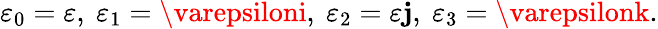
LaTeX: \varepsilon_{0}=\varepsilon,\ \varepsilon_{1}=\varepsiloni,\ \varepsilon_{2}=\varepsilon\mathbf{j},\ \varepsilon_{3}=\varepsilonk.